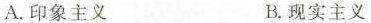
A.印象主义 B.现实主义